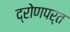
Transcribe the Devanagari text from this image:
द्रोणपर्त